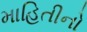
માહિતીનો